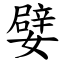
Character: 嬖